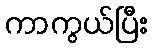
ကာကွယ်ပြီး